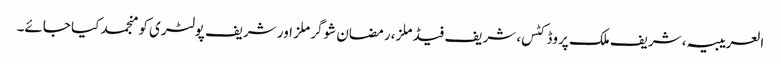
العریبیہ، شریف ملک پروڈکٹس، شریف فیڈ ملز، رمضان شوگر ملز اور شریف پولٹری کو منجمد کیا جائے۔